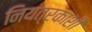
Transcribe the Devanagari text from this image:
नियंत्रकाशी